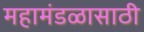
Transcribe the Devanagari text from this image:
महामंडळासाठी